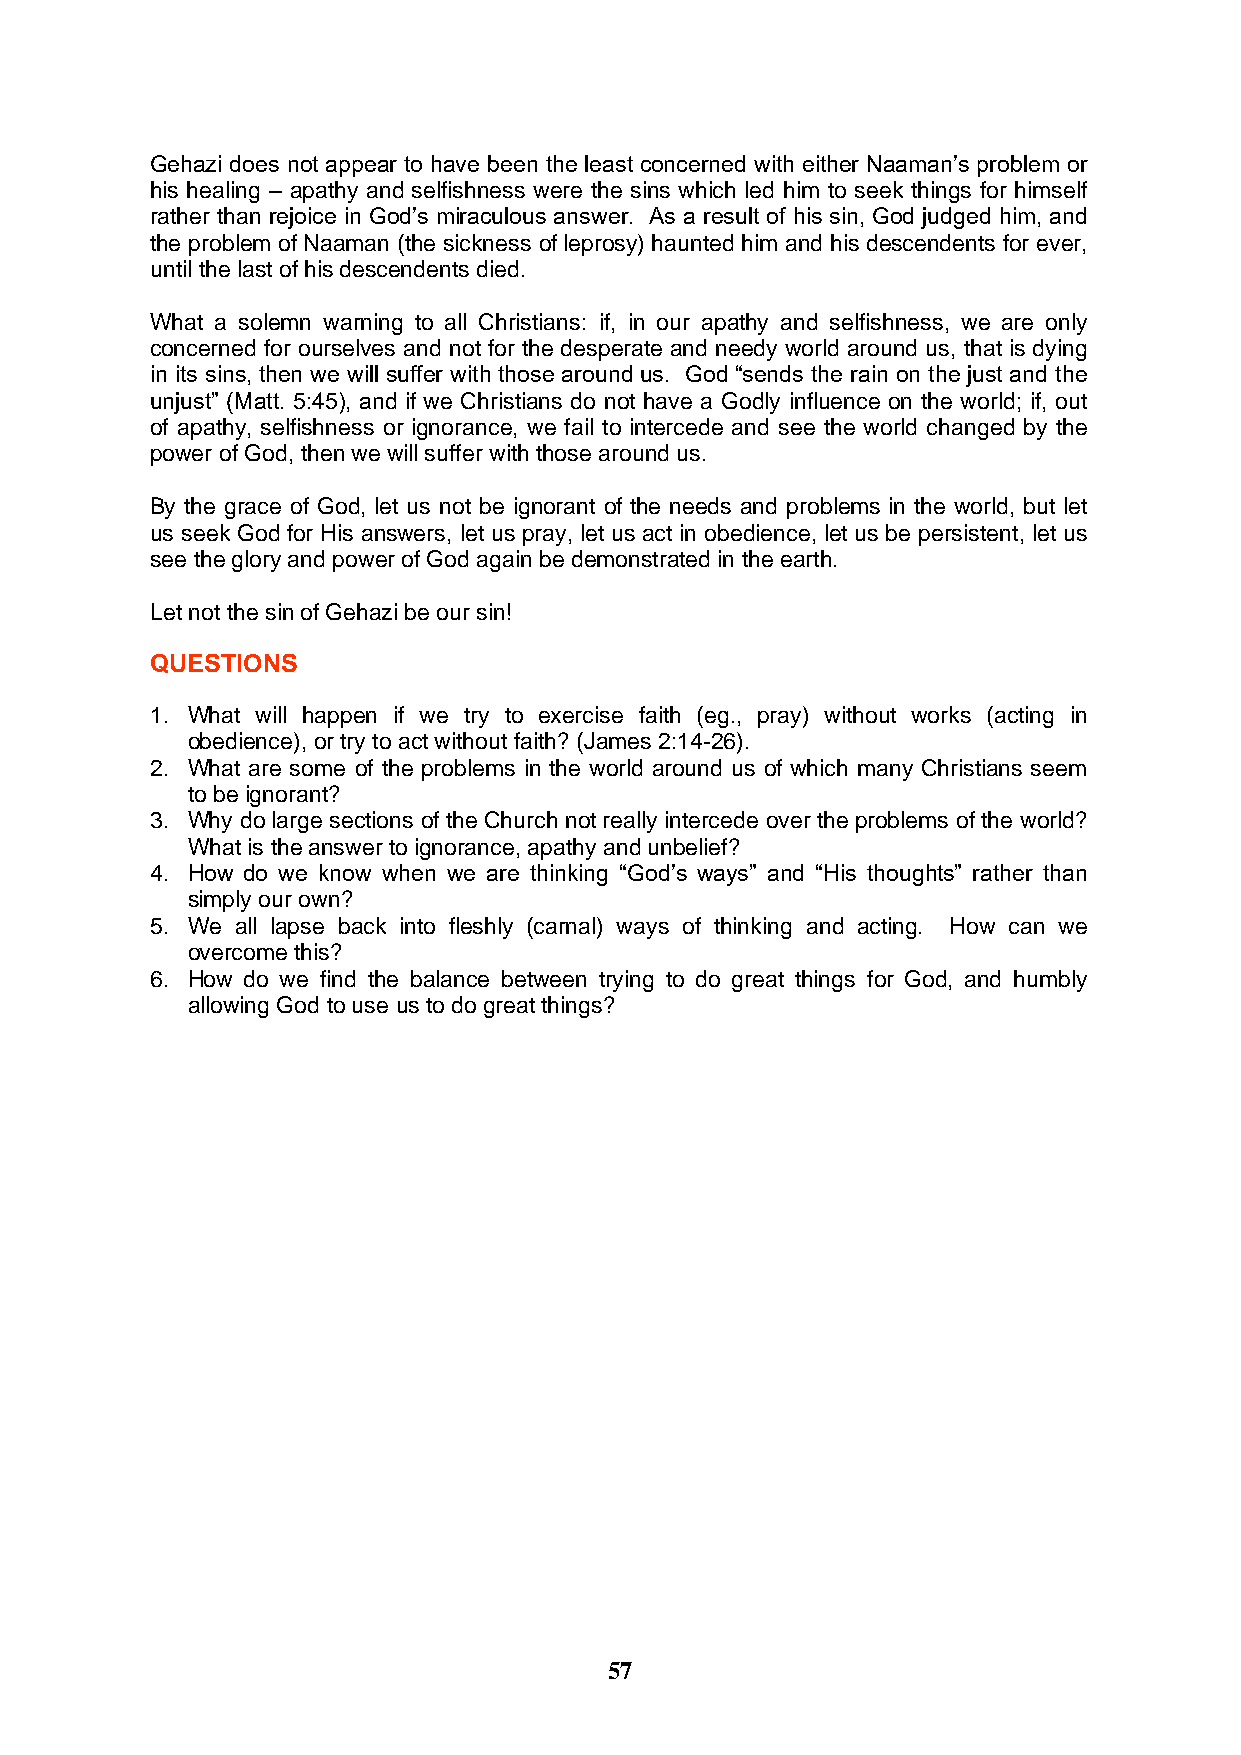
Gehazi does not appear to have been the least concerned with either Naaman’s problem or
 his healing – apathy and selfishness were the sins which led him to seek things for himself
 rather than rejoice in God’s miraculous answer. As a result of his sin, God judged him, and
 the problem of Naaman (the sickness of leprosy) haunted him and his descendents for ever,
 until the last of his descendents died.
 What a solemn warning to all Christians: if, in our apathy and selfishness, we are only
 concerned for ourselves and not for the desperate and needy world around us, that is dying
 in its sins, then we will suffer with those around us. God “sends the rain on the just and the
 unjust” (Matt. 5:45), and if we Christians do not have a Godly influence on the world; if, out
 of apathy, selfishness or ignorance, we fail to intercede and see the world changed by the
 power of God, then we will suffer with those around us.
 By the grace of God, let us not be ignorant of the needs and problems in the world, but let
 us seek God for His answers, let us pray, let us act in obedience, let us be persistent, let us
 see the glory and power of God again be demonstrated in the earth.
 Let not the sin of Gehazi be our sin!
 QUESTIONS
 1. What will happen if we try to exercise faith (eg., pray) without works (acting in
 obedience), or try to act without faith? (James 2:14-26).
 2. What are some of the problems in the world around us of which many Christians seem
 to be ignorant?
 3. Why do large sections of the Church not really intercede over the problems of the world?
 What is the answer to ignorance, apathy and unbelief?
 4. How do we know when we are thinking “God’s ways” and “His thoughts” rather than
 simply our own?
 5. We all lapse back into fleshly (carnal) ways of thinking and acting. How can we
 overcome this?
 6. How do we find the balance between trying to do great things for God, and humbly
 allowing God to use us to do great things?
 57